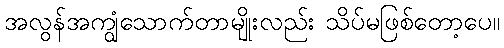
အလွန်အကျွံသောက်တာမျိုးလည်း သိပ်မဖြစ်တော့ပေ။